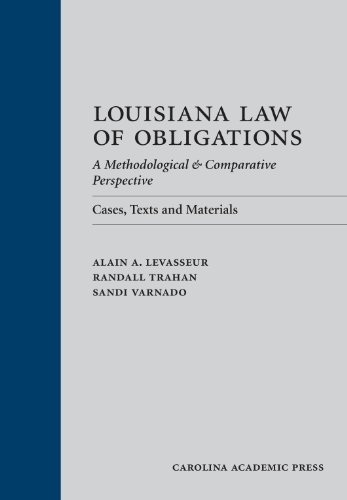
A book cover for Louisiana Law of Obligations: A Methodological & Comparative Perspective: Cases, Texts and Materials; Alain A. Levasseur; Law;